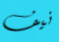
نيف